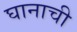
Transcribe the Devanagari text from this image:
घानाची